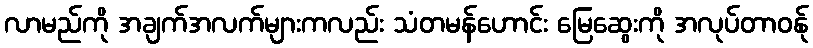
လာမည်ကို အချက်အလက်များကလည်း သံတမန်ဟောင်း မြေဆွေးကို အလုပ်တာဝန်ု